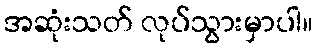
အဆုံးသတ် လုပ်သွားမှာပါ။